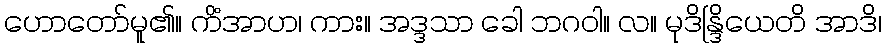
ဟောတော်မူ၏။ ကိံအာဟ၊ ကား။ အဒ္ဒသာ ခေါ ဘဂဝါ။ လ။ မုဒိန္ဒြိယေတိ အာဒိ၊